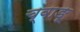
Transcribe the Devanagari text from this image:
च्वाङू